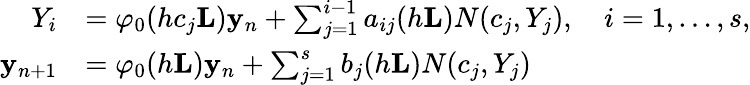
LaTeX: \begin{array}{rl}{Y_{i}}&{=\varphi_{0}(hc_{j}\mathbf{L})\mathbf{y}_{n}+\sum_{j=1}^{i-1}a_{ij}(h\mathbf{L})N(c_{j},Y_{j}),\quad i=1,\ldots,s,}\\ {\mathbf{y}_{n+1}}&{=\varphi_{0}(h\mathbf{L})\mathbf{y}_{n}+\sum_{j=1}^{s}b_{j}(h\mathbf{L})N(c_{j},Y_{j})}\end{array}